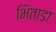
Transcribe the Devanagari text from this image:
भिंताडा